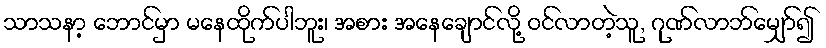
သာသနာ့ ဘောင်မှာ မနေထိုက်ပါဘူး၊ အစား အနေချောင်လို့ ဝင်လာတဲ့သူ, ဂုဏ်လာဘ်မျှော်၍